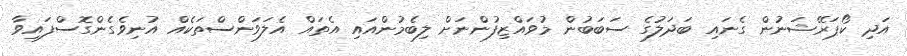
އަދި ކޯޕަރޭޝަނުން ގެނައި ބަދަލުގެ ސަބަބުން މުވައްޒިފުންނަށް ލިބެމުންއައި އެތައް އެލަވަންސްތަކެއް އުނިވެގެންގޮސްފައިވާ